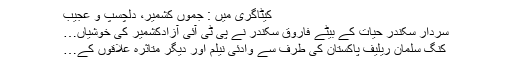
کیٹاگری میں : جموں کشمیر، دلچسپ و عجیب
سردار سکندر حیات کے بیٹے فاروق سکندر نے پی ٹی آئی آزادکشمیر کی خوشیاں…
كنگ سلمان ریلیف پاكستان کی طرف سے وادئی نیلم اور دیگر متاثرہ علاقوں کے…